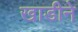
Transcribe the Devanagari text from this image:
खाडीने